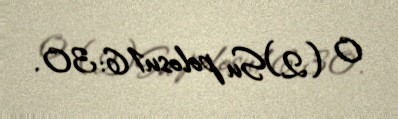
0 (2)Su polosu16:30.